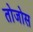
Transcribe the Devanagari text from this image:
तोजोस